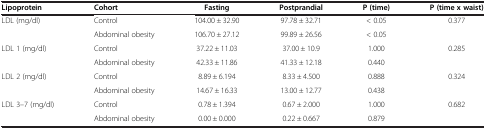
<table><thead><tr><td><b>Lipoprotein</b></td><td><b>Cohort</b></td><td><b>Fasting</b></td><td><b>Postprandial</b></td><td><b>P (time)</b></td><td><b>P (time x waist)</b></td></tr></thead><tbody><tr><td rowspan="2">LDL (mg/dl)</td><td>Control</td><td>104.00 ± 32.90</td><td>97.78 ± 32.71</td><td>&lt; 0.05</td><td rowspan="2">0.377</td></tr><tr><td>Abdominal obesity</td><td>106.70 ± 27.12</td><td>99.89 ± 26.56</td><td>&lt; 0.05</td></tr><tr><td rowspan="2">LDL 1 (mg/dl)</td><td>Control</td><td>37.22 ± 11.03</td><td>37.00 ± 10.9</td><td>1.000</td><td rowspan="2">0.285</td></tr><tr><td>Abdominal obesity</td><td>42.33 ± 11.86</td><td>41.33 ± 12.18</td><td>0.440</td></tr><tr><td rowspan="2">LDL 2 (mg/dl)</td><td>Control</td><td>8.89 ± 6.194</td><td>8.33 ± 4.500</td><td>0.888</td><td rowspan="2">0.324</td></tr><tr><td>Abdominal obesity</td><td>14.67 ± 16.33</td><td>13.00 ± 12.77</td><td>0.438</td></tr><tr><td rowspan="2">LDL 3–7 (mg/dl)</td><td>Control</td><td>0.78 ± 1.394</td><td>0.67 ± 2.000</td><td>1.000</td><td rowspan="2">0.682</td></tr><tr><td>Abdominal obesity</td><td>0.00 ± 0.000</td><td>0.22 ± 0.667</td><td>0.879</td></tr></tbody></table>